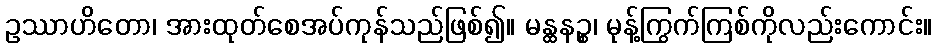
ဥဿာဟိတော၊ အားထုတ်စေအပ်ကုန်သည်ဖြစ်၍။ မန္ထနဉ္စ၊ မုန့်ကြွက်ကြစ်ကိုလည်းကောင်း။